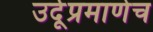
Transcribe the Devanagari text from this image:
उर्दूप्रमाणेच